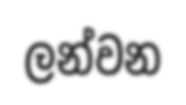
ලන්වන